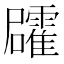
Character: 𮦻